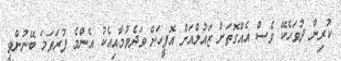
ކުރިން ދުވަހެކޭ ވެސް އެއްގޮތަށް ޒައުލްއަށް އޮފީހަށް ވަދެވުމާއިއެކު އެންމެ ފުރަތަމަ ބޭނުންވީ